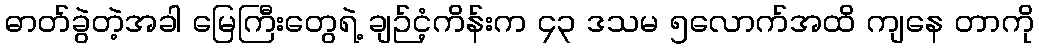
ဓာတ်ခွဲတဲ့အခါ မြေကြီးတွေရဲ့ ချဉ်ငံ့ကိန်းက ၄၃ ဒသမ ၅လောက်အထိ ကျနေ တာကို